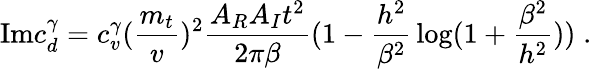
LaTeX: \mathrm{Im}c_{d}^{\gamma}=c_{v}^{\gamma}({\frac{m_{t}}{v}})^{2}{\frac{A_{R}A_{I}t^{2}}{2\pi\beta}}(1-{\frac{h^{2}}{\beta^{2}}}\log(1+{\frac{\beta^{2}}{h^{2}}}))\; .